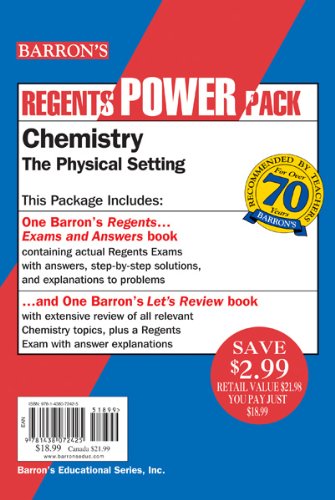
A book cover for Chemistry--The Physical Setting Power Pack (Regents Power Packs); Albert S. Tarendash  M.S.; Test Preparation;